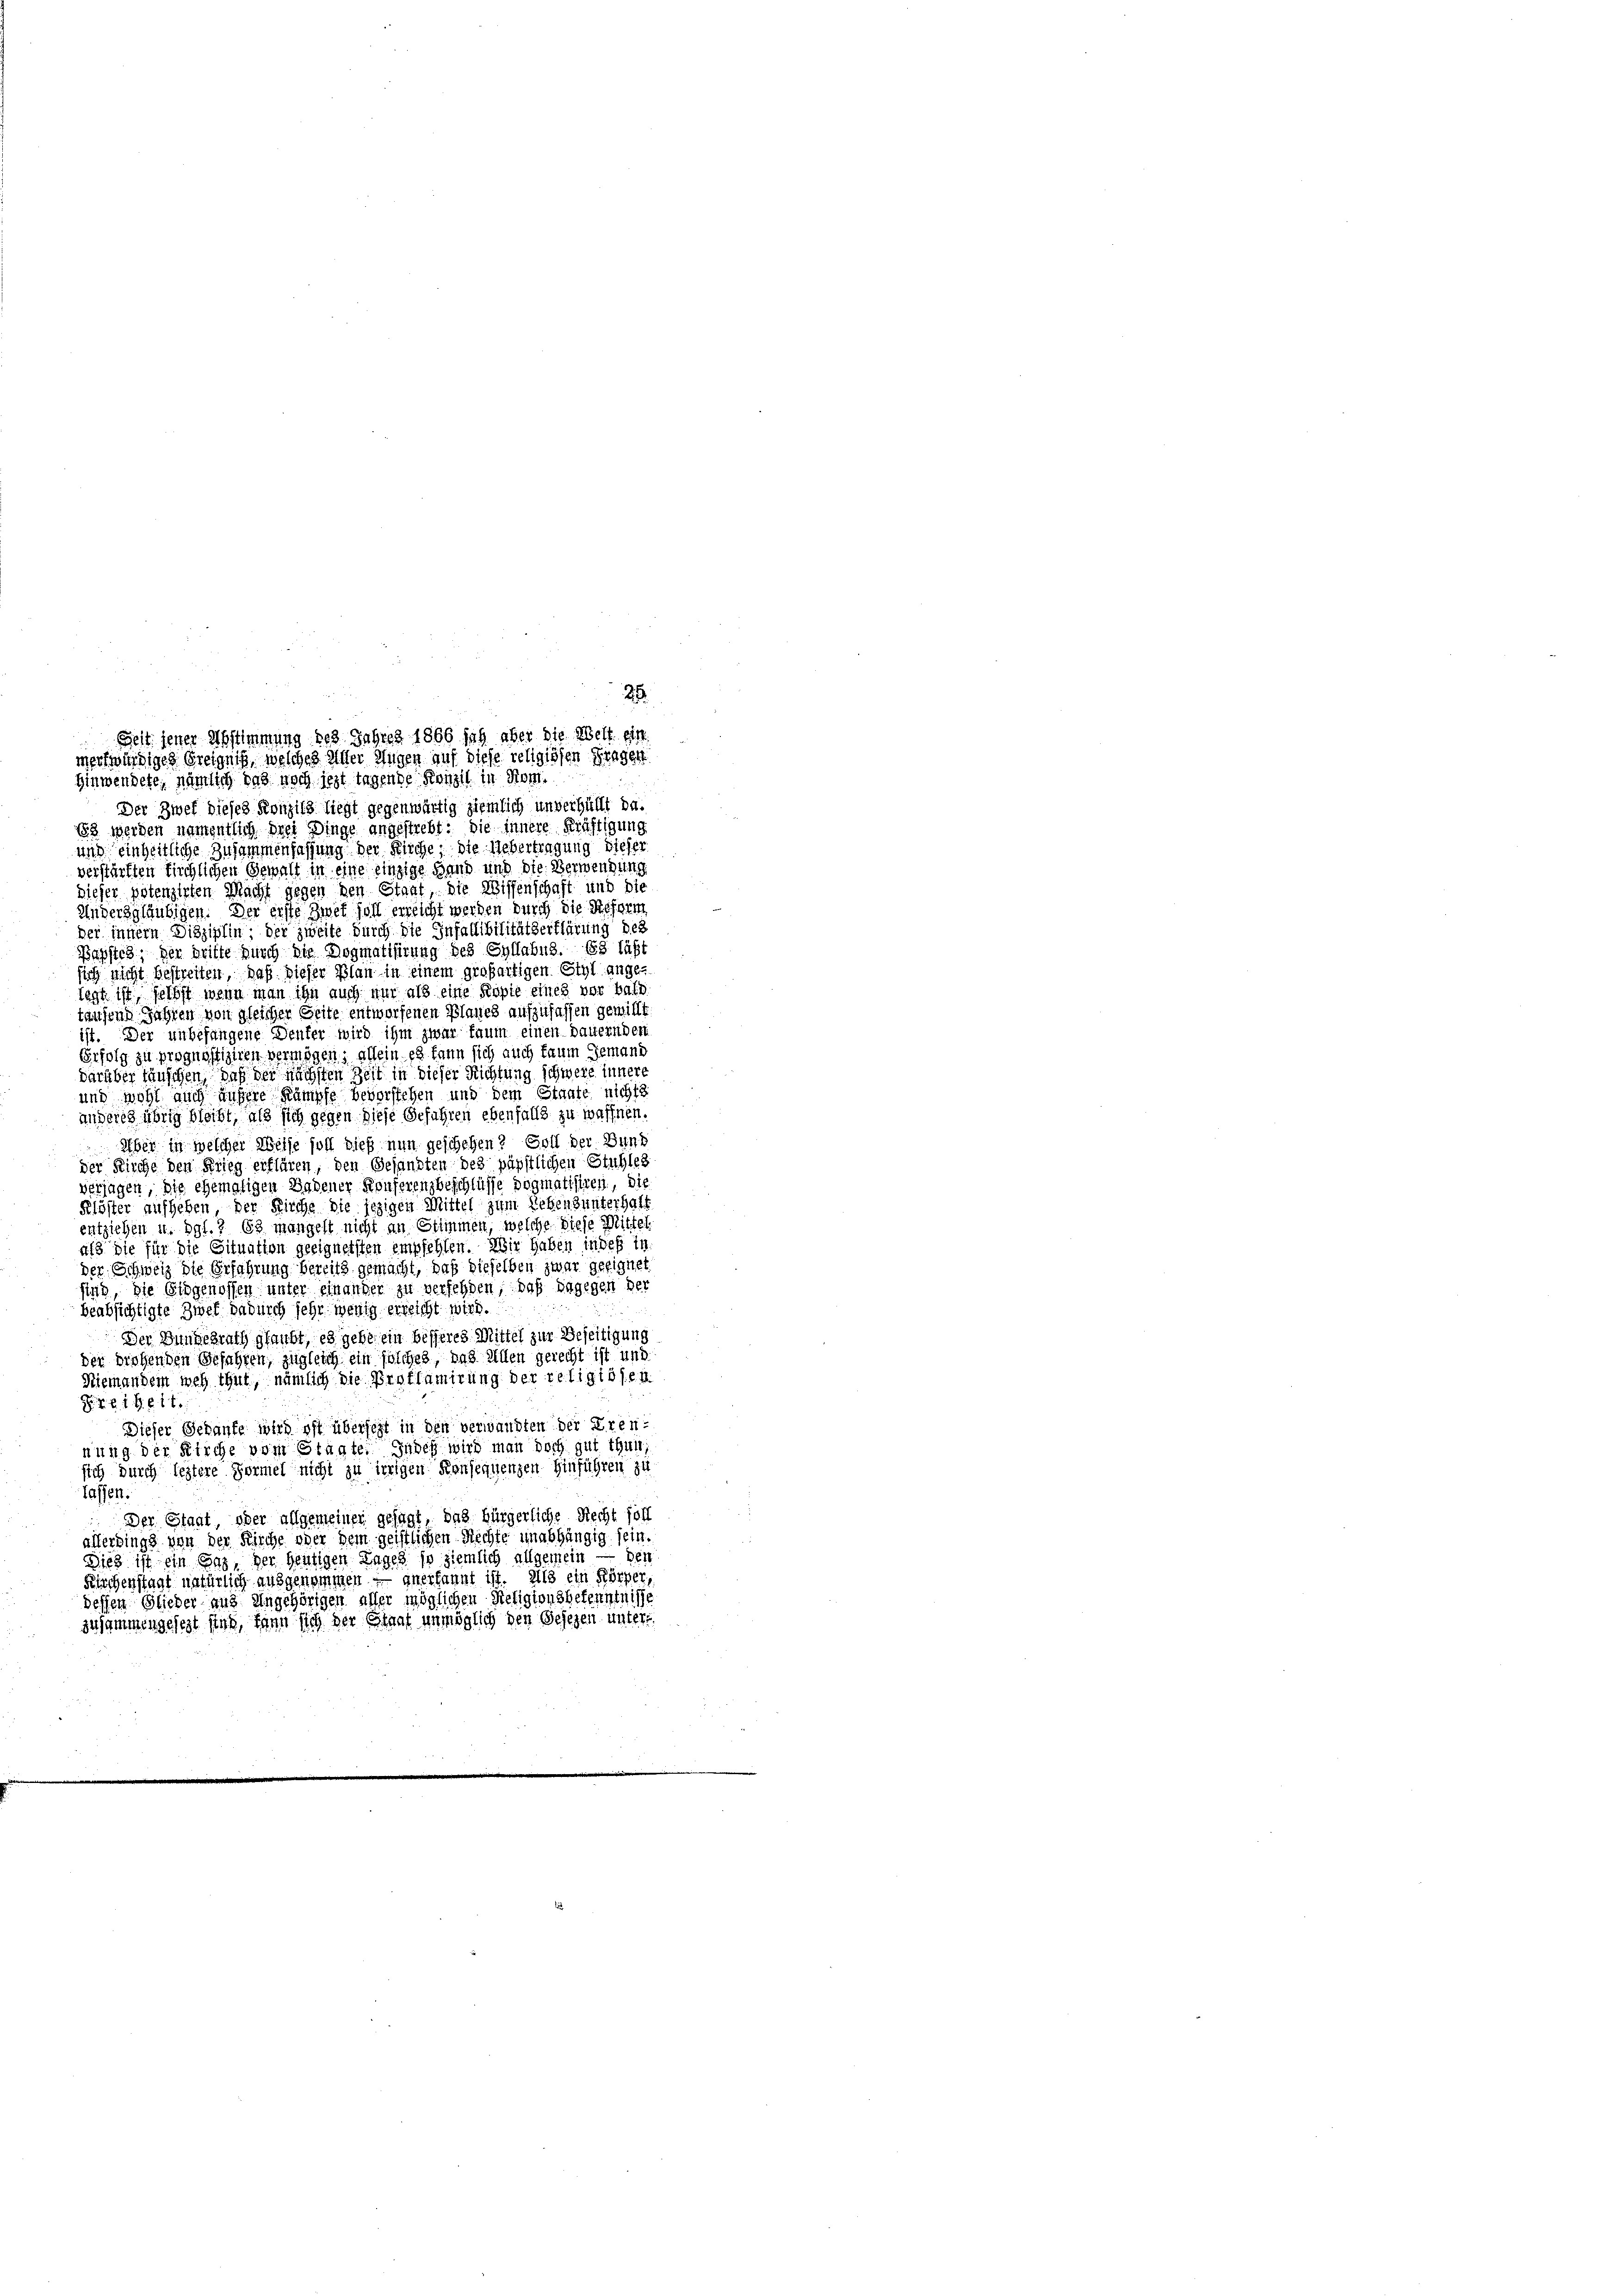
25
Seit jener Abstimmung des Jahres 1866 sah aber die Welt ein
merkwürdiges Ereigniß, welches Alter Augen auf diese religiösen Dingen
Hinwendete, nämlich das noch jezt tagende Konzil in Rom.

Der Zwef dieses Konzils liegt gegenwärtig ziemlich unverhüllt da.
82 werden namentlich drei Dinge angestrebt: die Innere Kräftigung
und einheitliche Zusammenfassung der Kirche, die Uebertragung dieser
verstürften tirchlichen Gewalt in eine einzige Hand und die Verwendung
dieser potenzirten Macht gegen den Staat die Wissenschaft und die
Andersgläubigen. Der erste Zwet soll erreicht werden durch die Reform
Der innern Disziplin der zweite durch die Infallibilitätserklärung des
Bagstes, der britte durch die Dogmatisirung des Syllabus. 63 läßt
sich nicht bestreiten, daß dieser Plan in einem großartigen Styl angelegt ist selbst wenn man ihn auch nur als eine Kopie eines vor bald
tausend Jahren, von gleicher Seite entworfenen Planes aufzufassen gewillt.
ist. Der unbefangene Deuter wird ihm zwar kaum einen dauernden
Grfolg zu prognostiziren vermögen; allein es kann sich auch kaum jemand
darüber täuschen, daß der nächsten Zeit in dieser Richtung schwere innere
und wohl auch unsere Kämpfe bevorstehen und dem Staate nichts
anderes übrig bleibt, als sich gegen diese Gefahren ebenfalls zu waffnen.
Über in welcher Weise soll dieß nun geschehen? Soll der Dunk
der Kirche den Krieg erklären, den Gesandten des päpstlichen Stuhles
verjagen, die ehemaligen Bedener Konferenzbeschlüsse dogmatisiren, die
Klöster aufheben der Kirche die jezigen Mittel zum Lebensunterhalt
entziehen u. dgl. 83 mangelt nicht an Stimmen, welche diese Mittel
als die für die Situation geeignersten empfehlen. Wir haben indeß in
der Schweiz die Erfahrung bereits gemacht, daß dieselben zwar geeigne
sind, die Eidgenossen unter einander zu versehen, daß dagegen der
beabsichtigte Zwet dadurch sehr wenig erreicht wird.
Der Bundesrath glaubt, es gebe ein besseres Mittel zur Beseitigung
der drohenden Gefahren, zugleich ein solches, das Allen gerecht ist und
Niemandem weh thut, nämlich die Proflamirung der religiösen
S. z. B. 1. 614
Dieser Gedanke wird oft überseit in den verwandten der Erennung der Kirche vom Stagte. Indeß wird man doch gut thun,
sich durch leztere Formel nicht zu irrigen Konsequenzen hinführen zu
lassen.
Der Staat oder allgemeiner gesagt, das bürgerliche Recht hoff
allerdings von der Kirche oder dem geistlichen Rechte unabhängig sein.
Dies ist ein Gas, der heutigen Lages so ziemlich allgemein — den
Fürchenstant natürlich ausgenommen — anerkannt ist. Als ein Körper,
dessen Glieder aus Angehörigen aller möglichen Religionsbekenntnisse
zusammengesezt sind, dann sich der Staat unmöglich den Gesezen unter